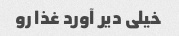
خیلی دیر آورد غذا رو